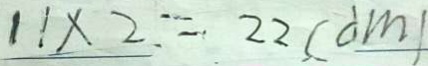
1 1 \times 2 = 2 2 ( d m )